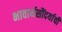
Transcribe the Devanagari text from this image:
भावार्थसौंदर्याची